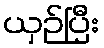
ယှဉ်ပြီး